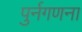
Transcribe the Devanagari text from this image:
पुर्नगणना